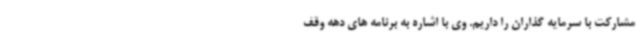
مشارکت با سرمایه گذاران را داریم. وی با اشاره به برنامه های دهه وقف